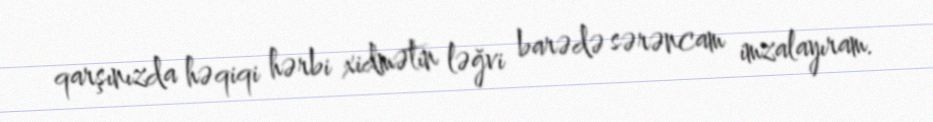
qarşınızda həqiqi hərbi xidmətin ləğvi barədə sərəncam imzalayıram.